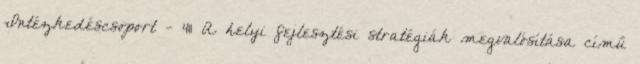
Intézkedéscsoport - 411 A helyi fejlesztési stratégiák megvalósítása című